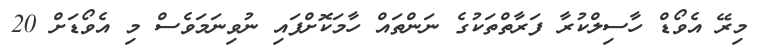
މިރޭ އެވޯޑް ހާސިލްކުރާ ފަރާތްތަކުގެ ނަންތައް ހާމަކޮށްފައި ނުވިނަމަވެސް މި އެވޯޑަށް 20